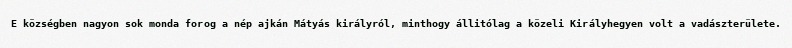
E községben nagyon sok monda forog a nép ajkán Mátyás királyról, minthogy állitólag a közeli Királyhegyen volt a vadászterülete.